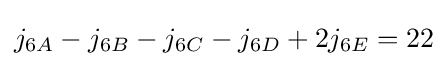
j_{6A}-j_{6B}-j_{6C}-j_{6D}+2j_{6E}=22